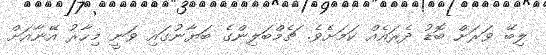
ލިބޭ ވަރަށް ބޮޑު ދެރައެއް ކަމަށެވެ. ޗެމްބަލިންގެ ބަޔާނުގައި ވަނީ މިހާރު އޭނާއަށް